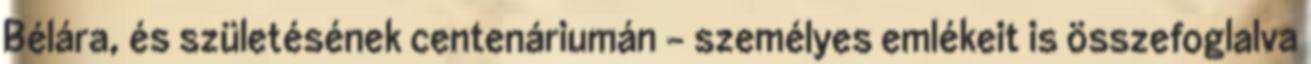
Bélára, és születésének centenáriumán - személyes emlékeit is összefoglalva